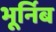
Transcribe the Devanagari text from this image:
भूर्निब